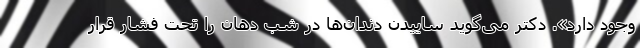
وجود دارد». دکتر می‌گوید ساییدن دندان‌ها در شب دهان را تحت فشار قرار